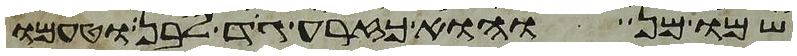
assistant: שמו מן והוא כזרע גד לבן וטעמו